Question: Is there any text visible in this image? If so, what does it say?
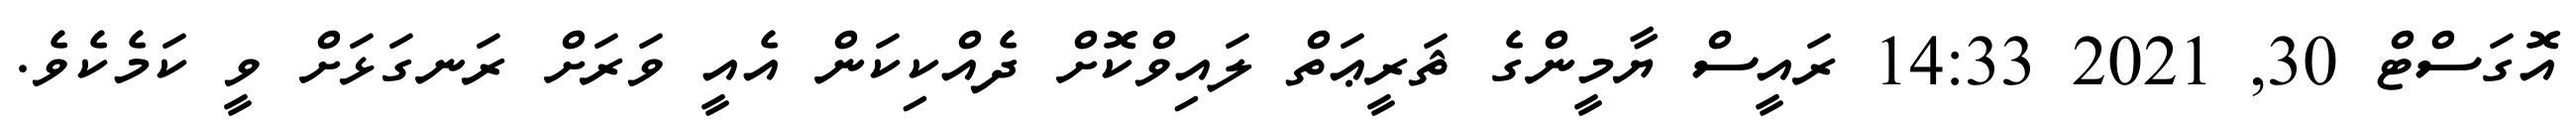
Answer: އޮގަސްޓް 30, 2021 14:33 ރައީސް ޔާމީންގެ ޘަރީޢަތް ލައިވްކޮށް ދެއްކިކަން އެއީ ވަރަށް ރަނގަޅަށް ވީ ކަމެކެވެ.